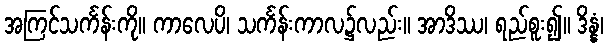
အကြင်သင်္ကန်းကို။ ကာလေပိ၊ သင်္ကန်းကာလ၌လည်း။ အာဒိဿ၊ ရည်စူး၍။ ဒိန္နံ၊